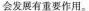
会发展有重要作用。